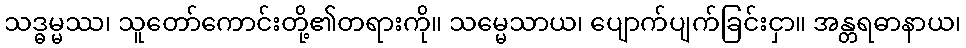
သဒ္ဓမ္မဿ၊ သူတော်ကောင်းတို့၏တရားကို။ သမ္မေသာယ၊ ပျောက်ပျက်ခြင်းငှာ။ အန္တရဓာနာယ၊